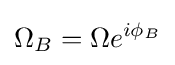
\Omega _{B}=\Omega e^{i\phi _{B}}